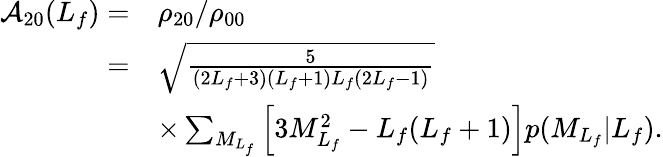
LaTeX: \begin{array}{rl}{\mathcal{A}_{20}(L_{f})=}&{\rho_{20}/\rho_{00}}\\ {=}&{\sqrt{\frac{5}{(2L_{f}+3)(L_{f}+1)L_{f}(2L_{f}-1)}}}\\ &{\times\sum_{M_{L_{f}}}\left[3{M}_{L_{f}}^{2}-L_{f}(L_{f}+1)\right]p({M}_{L_{f}}\vert L_{f}).}\end{array}